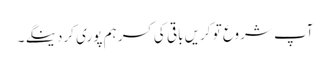
آپ شروع تو کریں باقی کی کسر ہم پوری کردینگے ۔